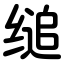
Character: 缒